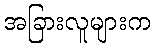
အခြားလူများက